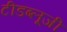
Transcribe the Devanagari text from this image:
टीडब्लूजी